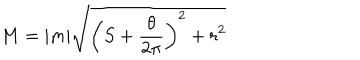
LaTeX: M = | m | \sqrt { \left( S + \frac { \theta } { 2 \pi } \right) ^ { 2 } + r ^ { 2 } }